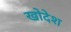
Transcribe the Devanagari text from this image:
खोदेश